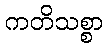
ကတိသစ္စာ